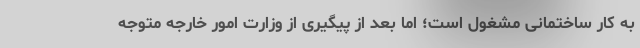
به کار ساختمانی مشغول است؛ اما بعد از پیگیری از وزارت امور خارجه متوجه